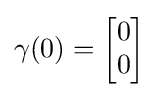
\gamma (0)={\begin{bmatrix}0\\0\end{bmatrix}}